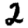
Digit: 2